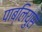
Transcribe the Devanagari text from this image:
पाब्लियुस